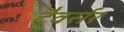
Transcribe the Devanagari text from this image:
ट्रैवर्सर